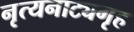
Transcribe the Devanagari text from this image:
नृत्यनाट्यगृह